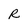
Character: R